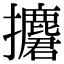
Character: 𢹲